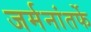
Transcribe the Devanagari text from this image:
जर्मनांतर्फे